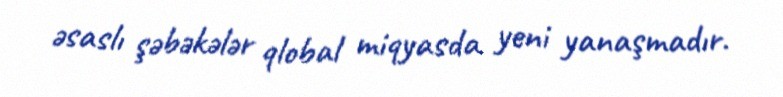
əsaslı şəbəkələr qlobal miqyasda yeni yanaşmadır.